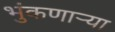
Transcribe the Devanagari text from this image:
भुंकणाऱ्या